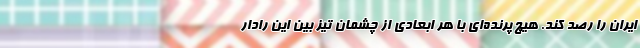
ایران را رصد کند. هیچ پرنده‌ای با هر ابعادی از چشمان تیز بین این رادار